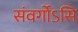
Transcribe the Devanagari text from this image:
संवर्गोऽसि